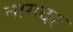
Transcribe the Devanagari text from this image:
नागदह